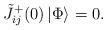
LaTeX: \begin{align*}\tilde{J}_{ij}^{+}(0)\left|\Phi\right\rangle = 0.\end{align*}